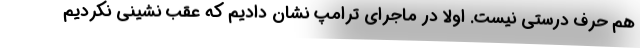
هم حرف درستی نیست. اولا در ماجرای ترامپ نشان دادیم که عقب نشینی نکردیم